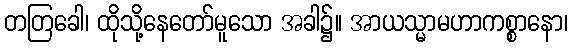
တတြခေါ၊ ထိုသို့နေတော်မူသော အခါ၌။ အာယသ္မာမဟာကစ္စာနော၊